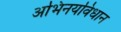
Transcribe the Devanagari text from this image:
अभिनयविधान